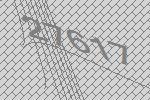
27617